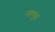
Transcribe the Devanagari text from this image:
न्यायुद्ध